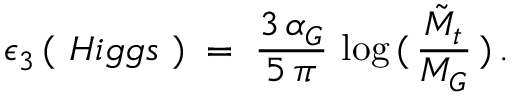
\epsilon _ { 3 } \, ( \ H i g g s \ ) \; = \; \frac { 3 \, \alpha _ { G } } { 5 \, \pi } \, \log \, ( \, \frac { \tilde { M } _ { t } } { M _ { G } } \, ) \, .